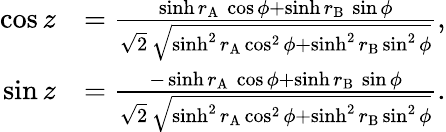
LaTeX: \begin{array}{rl}{\cos z}&{=\frac{\sinh r_{\mathrm{\scriptscriptstyle A}}\, \cos\phi+\sinh r_{\mathrm{\scriptscriptstyle B}}\, \sin\phi}{\sqrt 2\, \sqrt{\sinh^{2}r_{\mathrm{\scriptscriptstyle A}}\cos^{2}\phi+\sinh^{2}r_{\mathrm{\scriptscriptstyle B}}\sin^{2}\phi}},}\\ {\sin z}&{=\frac{-\sinh r_{\mathrm{\scriptscriptstyle A}}\, \cos\phi+\sinh r_{\mathrm{\scriptscriptstyle B}}\, \sin\phi}{\sqrt 2\, \sqrt{\sinh^{2}r_{\mathrm{\scriptscriptstyle A}}\cos^{2}\phi+\sinh^{2}r_{\mathrm{\scriptscriptstyle B}}\sin^{2}\phi}}.}\end{array}